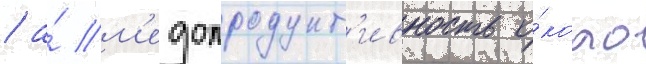
/ а́ м'едопродукт'ивность о́коло